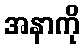
အနာကို